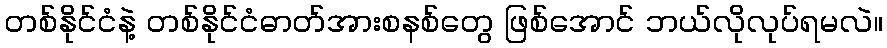
တစ်နိုင်ငံနဲ့ တစ်နိုင်ငံဓာတ်အားစနစ်တွေ ဖြစ်အောင် ဘယ်လိုလုပ်ရမလဲ။